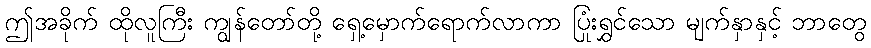
ဤအခိုက် ထိုလူကြီး ကျွန်တော်တို့ ရှေ့မှောက်ရောက်လာကာ ပြုံးရွှင်သော မျက်နှာနှင့် ဘာတွေ